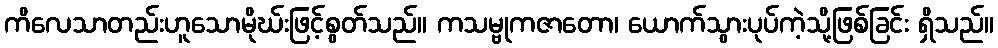
ကိလေသာတည်းဟူသောမိုဃ်းဖြင့်စွတ်သည်။ ကသမ္ဗုကဇာတော၊ ယောက်သွားပုပ်ကဲ့သို့ဖြစ်ခြင်း ရှိသည်။